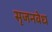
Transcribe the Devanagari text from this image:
सृजनवेध